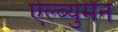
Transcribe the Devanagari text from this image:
ऐल्ब्युमेन